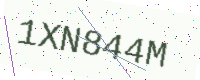
Text: 1XN844M